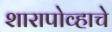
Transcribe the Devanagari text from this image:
शारापोव्हाचे